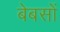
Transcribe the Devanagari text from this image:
बेबसों